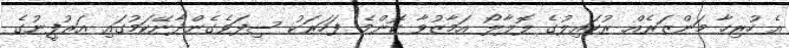
އެ ހުރިހާ މަންޒަރެއް ރުހައިލުގެ ލޮލާލޯ އަމާޒުވާ ކޮންމެ ފަހަރަކު ސިފަވެގެންދާނޭކަމުގައި އަރުފީނުގެ